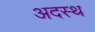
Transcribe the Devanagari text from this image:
अदस्थ